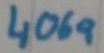
Text: 4069